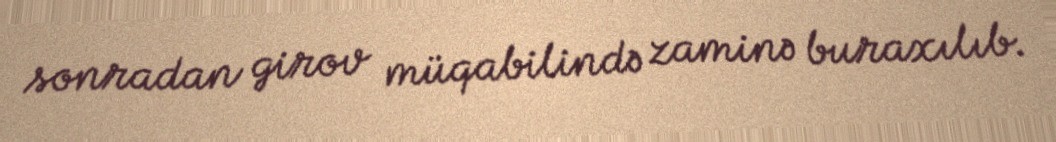
sonradan girov müqabilində zaminə buraxılıb.